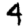
Digit: 4